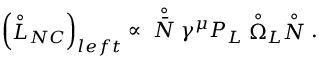
\left( \stackrel { \circ } { L } _ { N C } \right) _ { l e f t } \propto \; \; \stackrel { \circ } { \bar { N } } \gamma ^ { \mu } P _ { L } \stackrel { \circ } { \Omega } _ { L } \stackrel { \circ } { N } .